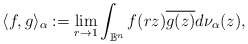
\begin{align*}\langle f,g\rangle_\alpha:=\lim_{r\rightarrow 1}\int_{\mathbb B^n}f(rz)\overline {g(z)}d\nu_\alpha(z),\end{align*}